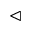
\vartriangleleft